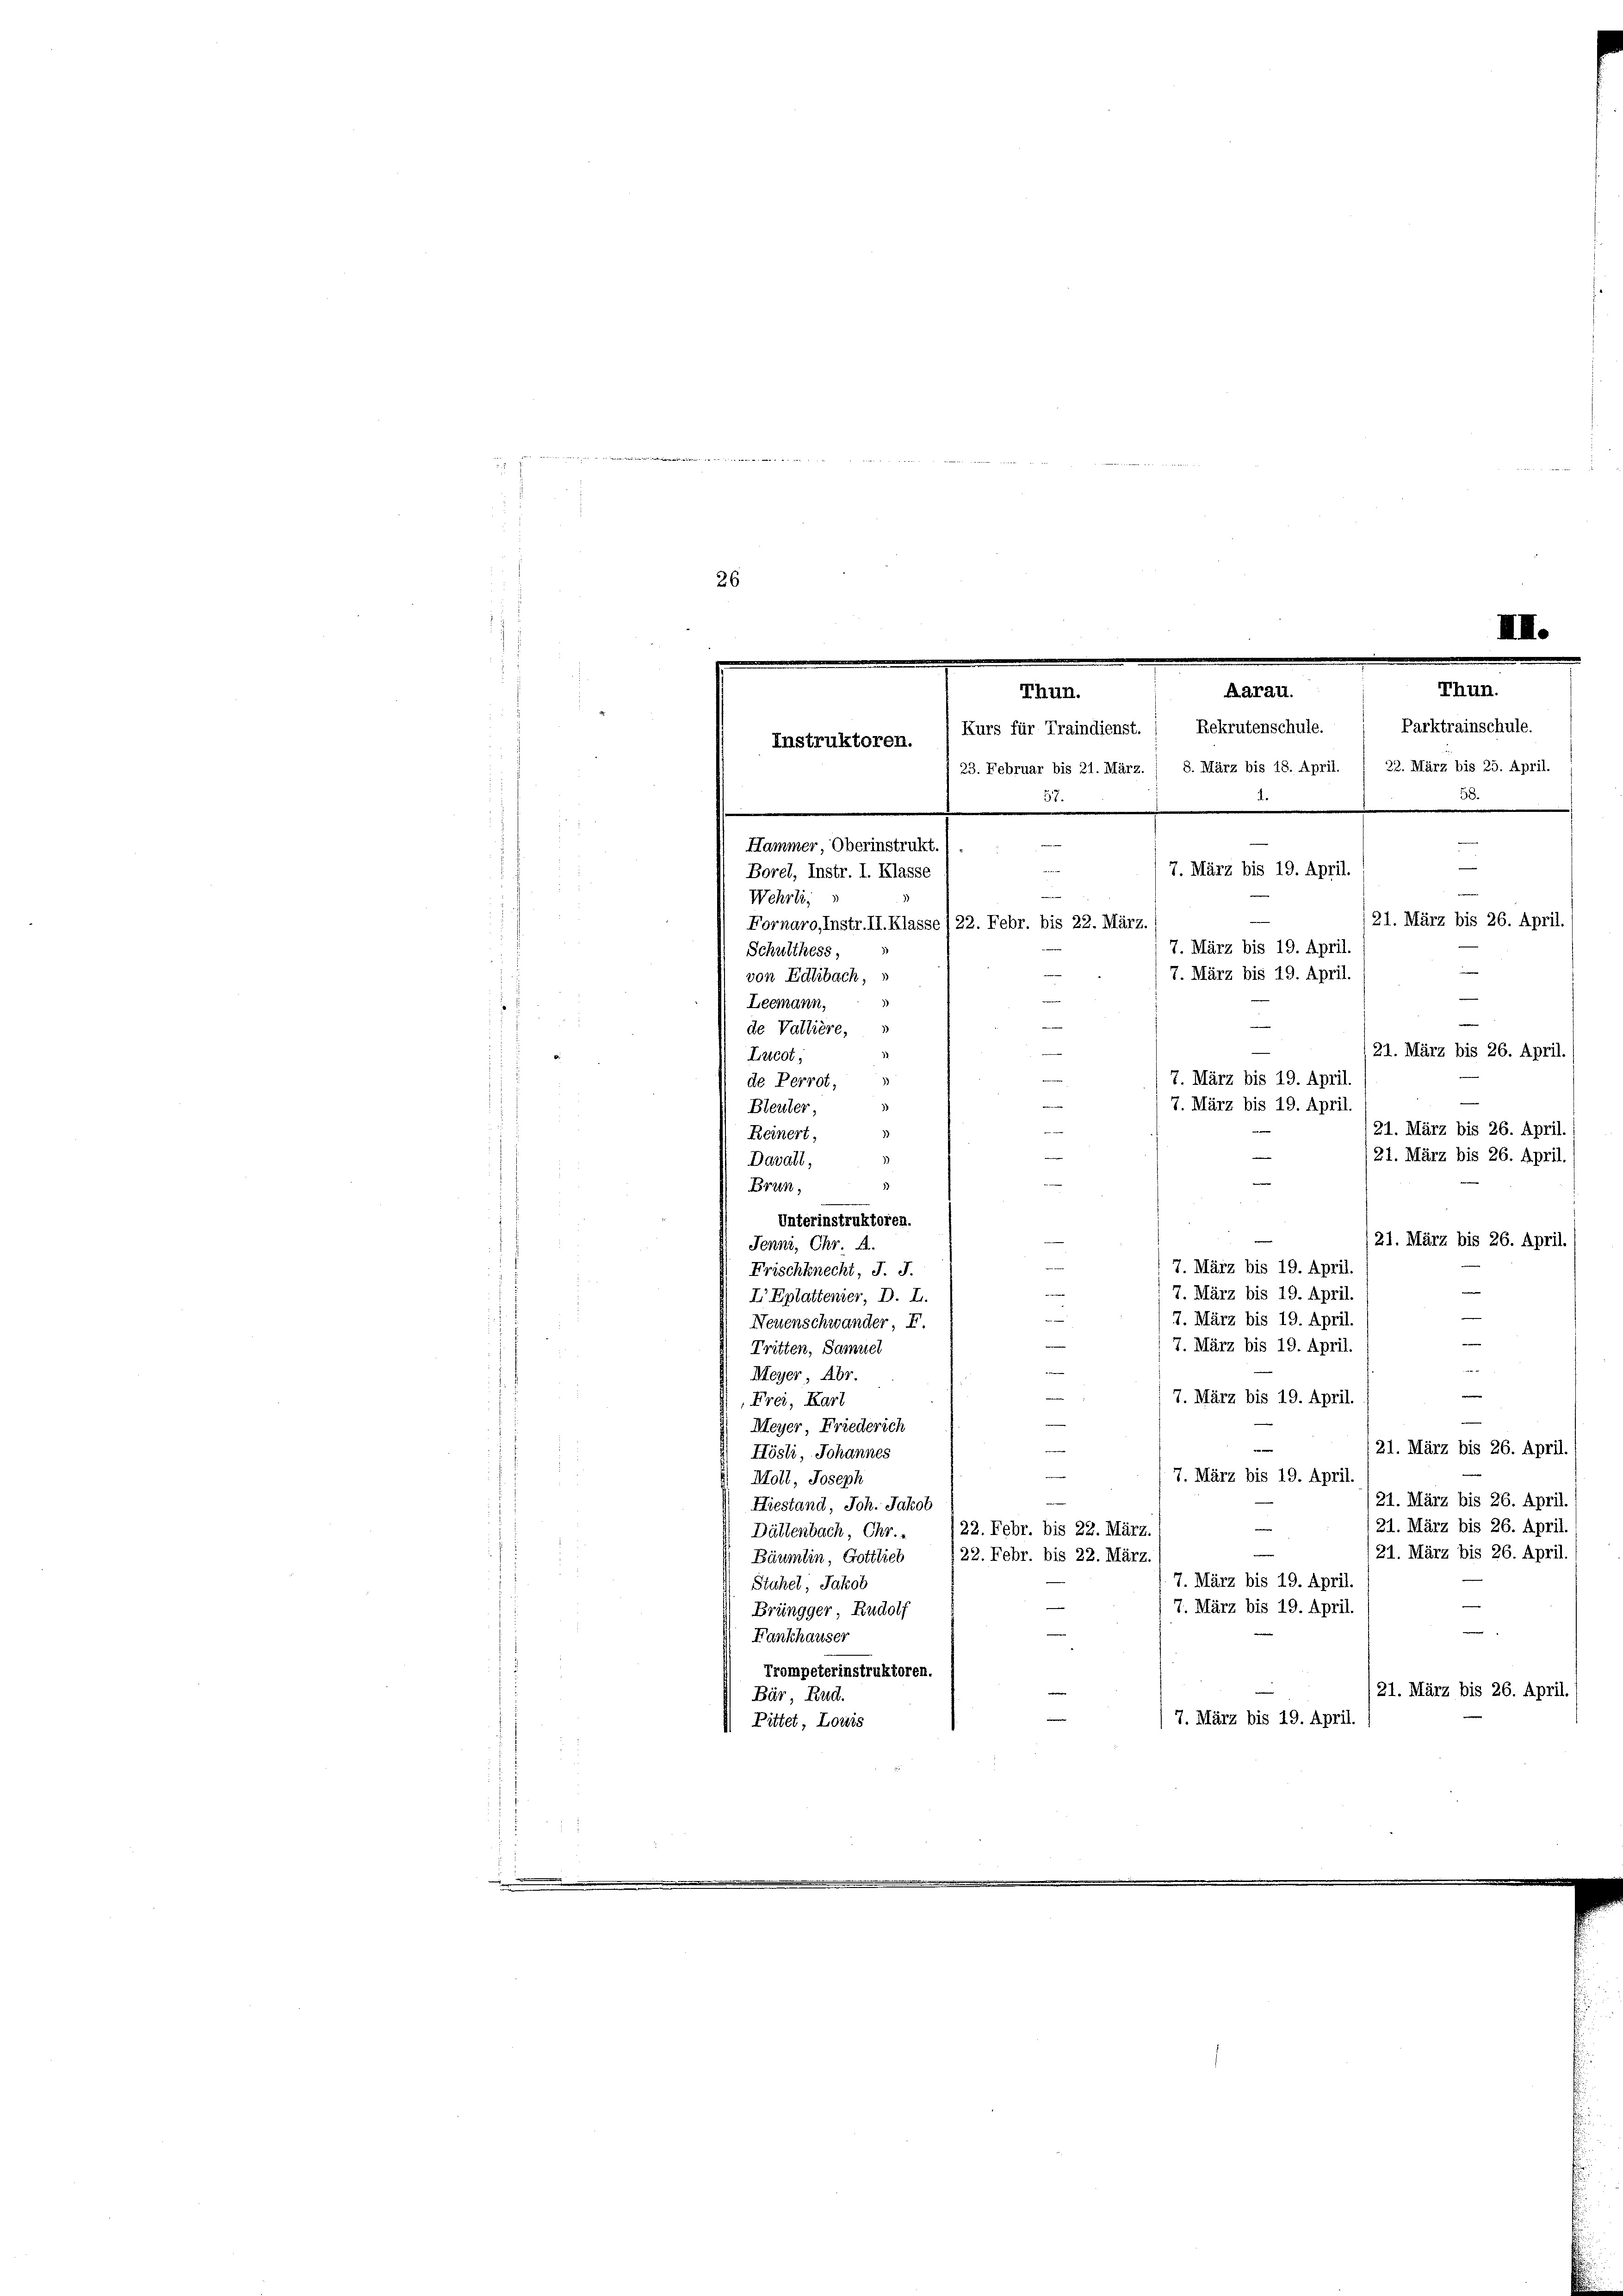
26
e
Aarau.
Thun.
Kurs für Traindienst.) Rekrutenschule.  Parktrainschule.
Instruktoren.
23. Februar bis 21. März. 8. März bis 18. April. / 22. März bis 25. April.

e
Hammer, Oberinstrukt.
e
7. März bis 19. April.
Borel, Instr. I. Klasse

i
Wehrli
3
i
Fornaro, Instr. II. Klasse) 22. Febr. bis 22. März
Schulthess,
von Edlibach,
Leemann,
1
de Valtière,
.
Lucot,
de Perrot,
Bleuter,
Reinert,
3)
21. März bis 26. April.
Davall,
¬
u
3
Brun,
Unterinstruktoren
21. März bis 26. April.
Jenni, Chr. A.
7. März bis 19. April.
Frischknecht, J. J.
.
u
7. März bis 19. April.
I Eplattenier, D. L.
7. März bis 19. April.
Neuenschwander F.
e
7. März bis 19. April.
Tritten, Samuel
Meyer, Abr.
7. März bis 19. April.
Frei, Karl
Meyer, Friederich
/21. März bis 26. April.
Hösli, Johannes
7. März bis 19. April
Moll, Joseph
(21. März bis 26. April.
Hiestand, Joh. Jakob
21. März bis 26. April.
22. Febr. bis 22. März.
Dältenbach, Chr.
e
/21. März bis 26. April.
/22. Febr. bis 22. März.
Bäumlin, Gottlich
7. März bis 19. April.
Stahel, Jakob
7. März bis 19. April.
Brüngger, Rudolf
.
Fankhauser
Trompeterinstruktoren.
21. März bis 26. April,
Bär, Rud.
7. März bis 19. April.
 Bittet, Lowis

21. März bis 26. April.
7. März bis 19. April.
7. März bis 19. April.
e
21. März bis 26. April.
7. März bis 19. April.
7. März bis 19. April.
e
121. März bis 26. April.

III.
Thun.